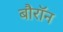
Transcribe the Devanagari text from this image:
बौरॉन